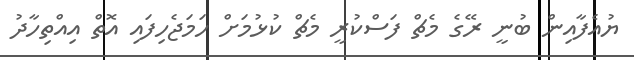
ޔުއެފާއިން ބުނީ ރޭގެ މެޗް ފަސްކުރީ މެޗް ކުޅުމަށް ހަމަޖެހިފައި އޮތް އިއްތިހާދު